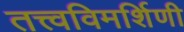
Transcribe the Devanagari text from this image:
तत्त्वविमर्शिणी